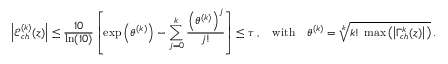
\left| \mathcal { E } _ { c h } ^ { ( k ) } ( z ) \right| \leq \frac { 1 0 } { \ln ( 1 0 ) } \left[ \exp \left( \theta ^ { ( k ) } \right) - \sum _ { j = 0 } ^ { k } \frac { \left( \theta ^ { ( k ) } \right) ^ { j } } { j ! } \right] \leq \tau \: , \quad \mathrm { w i t h } \quad \theta ^ { ( k ) } = \sqrt [ k ] { k ! \: \operatorname* { m a x } \left( \left| \Gamma _ { c h } ^ { k } ( z ) \right| \right) } \: .